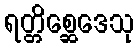
ရတ္တိစ္ဆေဒေသု